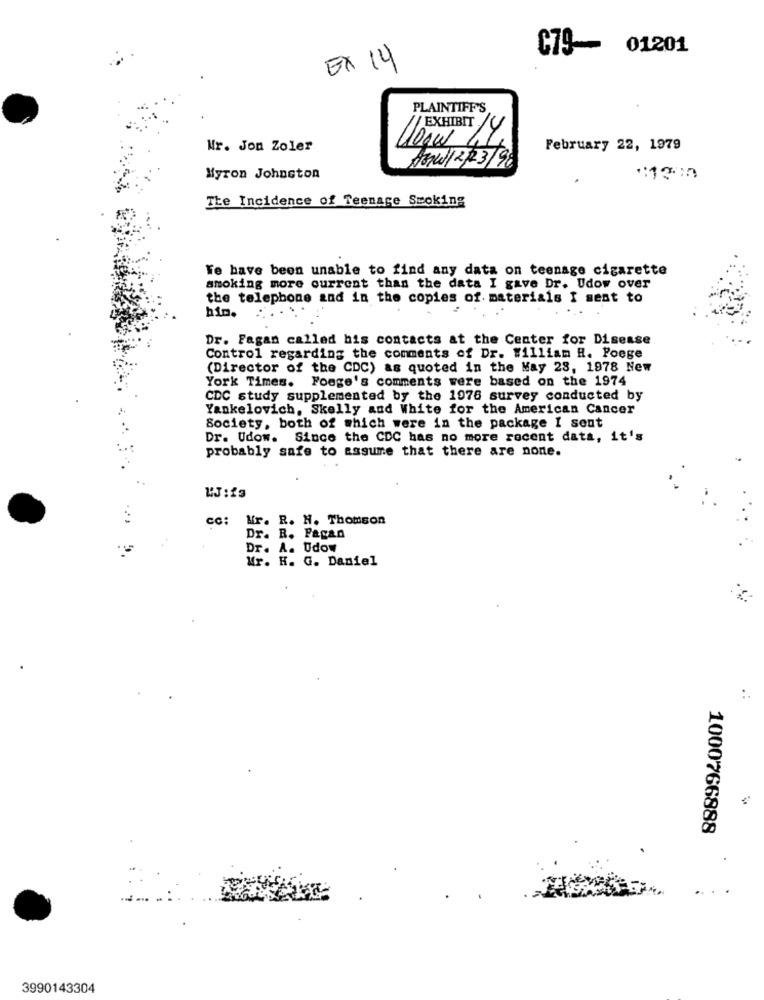
C79-
01201
EX 14
PLAINTIFF'S
Wr. Jon Zoler
February 22, 1979
As/ 2,23/98
Myron Johnston
The Incidence of Teenage Smoking
Te have been unable to find any data on teenage cigarette
smoking more current than the data I gave Dr. Udow over
the telephone and in the copies of materials I sent to
him.
Dr. Fagan called his contacts at the Center for Disease
Control regarding the comments of Dr. William R. Poege
(Director of the CDC) as quoted in the May 28, 1978 New
York Times. Fooge's comments were based on the 1974
CDC study supplemented by the 1976 survey conducted by
Yankelovich, Skelly and White for the American Cancer
Society, both of which were in the package I sont
Dr. Udow. Since the CDC has no more recent data, it's
probably safe to assume that there are none.
cc:
Mr. R. H. Thomson
Dr. R. Pagan
Dr. A. Udow
Mr. H. G. Daniel
1000766888
3990143304